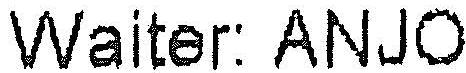
WAITER: ANJO